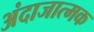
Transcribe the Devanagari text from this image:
अंदाजात्मक